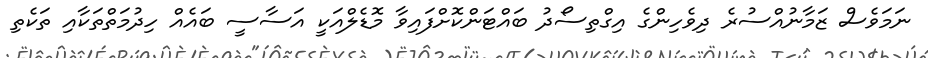
ނަމަވެސް ޒަމާނުއްސުރެ ދިވެހިންގެ އިގްތިސޯދު ބައްޓަންކޮށްފައިވާ މޮޑެލްއަކީ އަސާސީ ބައެއް ހިދުމަތްތަކާއި ތަކެތި